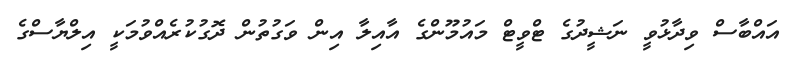
އައްބާސް ވިދާޅުވީ ނަޝީދުގެ ޓްވީޓް މައުމޫންގެ އާއިލާ އިން ވަގުތުން ދޮގުކުރެއްވުމަކީ އިލްޔާސްގެ